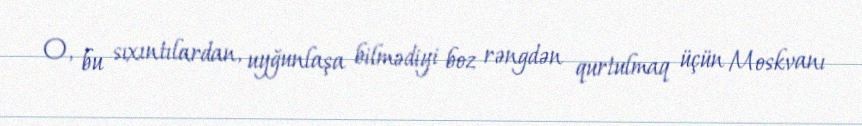
O, bu sıxıntılardan, uyğunlaşa bilmədiyi boz rəngdən qurtulmaq üçün Moskvanı